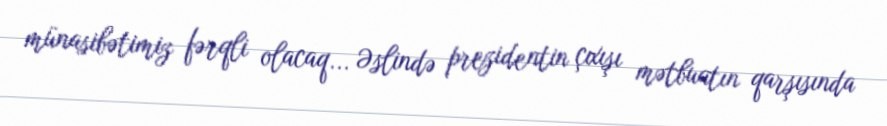
münasibətimiz fərqli olacaq... Əslində prezidentin çıxışı mətbuatın qarşısında